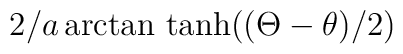
2/a\arctan \, \tanh ((\Theta -\theta )/2)